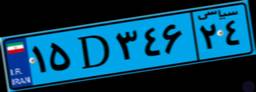
۱۵D۳۴۶۲۴